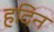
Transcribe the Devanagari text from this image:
हदिन